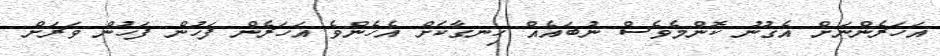
އަހަރެންނަށް އެގުނު ކޮންމެވެސް ނުބައެއް ހިނގާކަށް އެހެންވެ އަހަރެން ފަހުން ފަހުން ވަރަށް